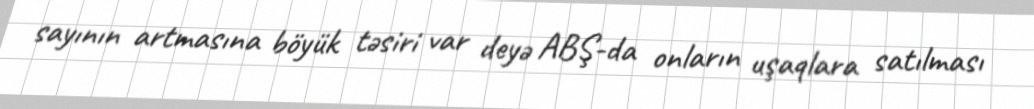
sayının artmasına böyük təsiri var deyə ABŞ-da onların uşaqlara satılması